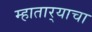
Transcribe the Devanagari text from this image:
म्हातार्‍याचा